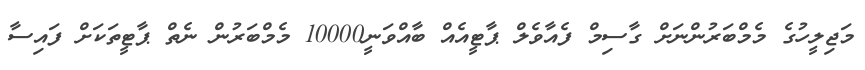
މަޖިލީހުގެ މެމްބަރުންނަށް ގާސިމް ފެއާވެލް ޕާޓީއެއް ބާއްވަނީ10000 މެމްބަރުން ނެތް ޕާޓީތަކަށް ފައިސާ